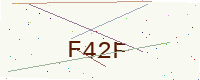
Text: F42F